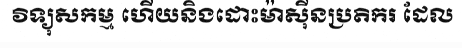
វិទ្យុសកម្ម ហើយនិងដោះម៉ាស៊ីនប្រតិករ ដែល